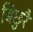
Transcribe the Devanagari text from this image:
बिछुरै